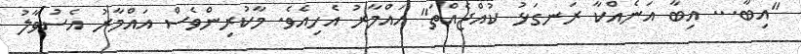
"އިބާ... އިބާ އަނެއްކާ ރަނގަޅު ކުއްޖެއްތަ" އައްމާރު އެހިއެވެ. މާކުރިންވެސް އައްމާރު އެސުވާލު